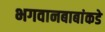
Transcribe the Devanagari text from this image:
भगवानबाबांकडे